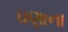
ઘણાના